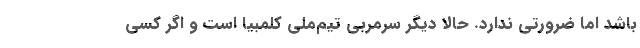
باشد اما ضرورتی ندارد. حالا دیگر سرمربی تیم‌ملی کلمبیا است و اگر کسی